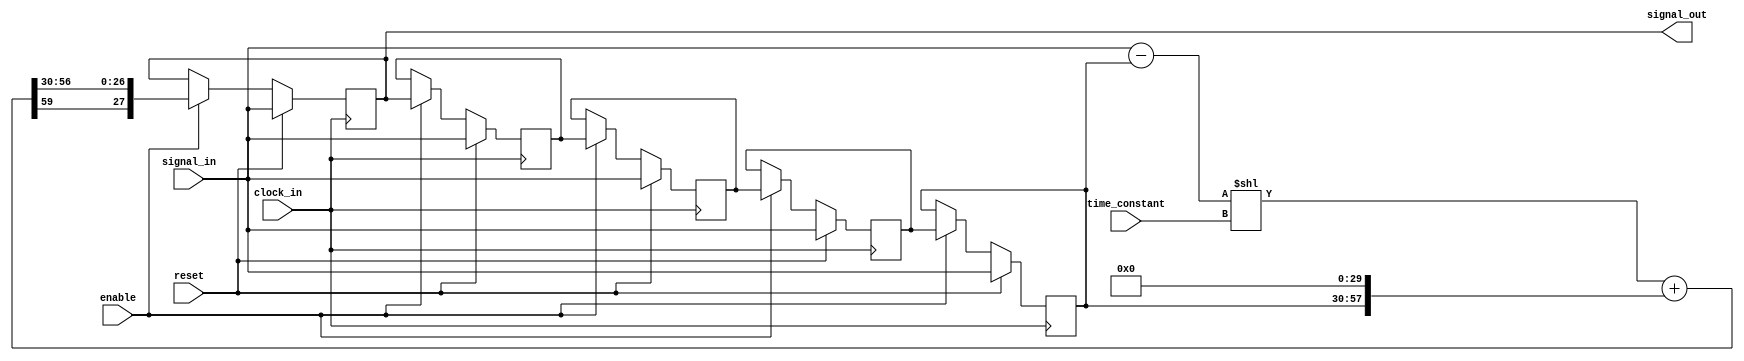
`timescale 1ns / 1ps
//////////////////////////////////////////////////////////////////////////////////
// Company:
// Engineer:
//
// Design Name:
// Module Name:    lowp
// Project Name:
// Target Devices:
// Tool versions:
// Description:
//
// Dependencies:
//
// Revision:
// Revision 0.01 - File Created
// Additional Comments:
//
//////////////////////////////////////////////////////////////////////////////////
module lowp(signal_in,
                                signal_out, //time constant is actually parameter equal to e^-1/d where d is number of samples time constant
										  time_constant,
                                clock_in,
                                reset,
										  enable);
parameter N=5;
input enable;
input   signed  [27:0]  signal_in;
integer i;
input   signed  [4:0]  time_constant;
input   clock_in;
input   reset;          //reset filter on reset high.

reg signed  [27:0]  signal_out_1 [0:N-1];
output signed  [27:0]  signal_out;
assign signal_out=signal_out_1[0];


wire    signed  [59:0]  multiply_out;

wire signed[27:0] diff=signal_in-signal_out_1[N-1];
wire signed [59:0] s=signal_out_1[N-1]<<30;
wire signed [59:0] d=diff<<time_constant;
assign  multiply_out = d+s;


always @ (posedge clock_in)
begin
    if(reset) //a synchrous reset is nice when you're using long time constants and want fast step scanning of some parameter while measureing.  It's not implemented here.
    begin
		  for (i = 0; i < N ; i = i + 1) begin
				signal_out_1[i] <= signal_in;
		  end
    end

    else if(enable)
    begin
        signal_out_1[0] <= {multiply_out[59], multiply_out[56:30]};
		  for (i = 1; i < N ; i = i + 1) begin
				signal_out_1[i] <= signal_out_1[i-1];
		  end
    end
end

endmodule